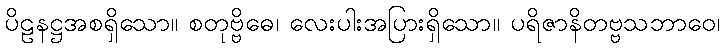
ပိဠနဋ္ဌအစရှိသော။ စတုဗ္ဗိဓေ၊ လေးပါးအပြားရှိသော။ ပရိဇာနိတဗ္ဗသဘာဝေ၊